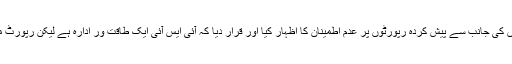
سپریم کورٹ نے حساس اداروں کی جانب سے پیش کردہ رپورٹوں پر عدم اطمینان کا اظہار کیا اور قرار دیا کہ آئی ایس آئی ایک طاقت ور ادارہ ہے لیکن رپورٹ میں ناموں کے علاوہ کچھ نہیں۔